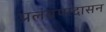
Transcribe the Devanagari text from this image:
प्रलंबपादासन